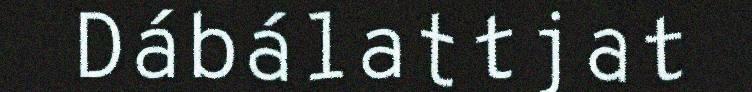
Dábálattjat